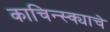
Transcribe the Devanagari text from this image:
काचिन्स्क्याचे